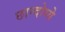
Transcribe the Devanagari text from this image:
छान्दोग्ये